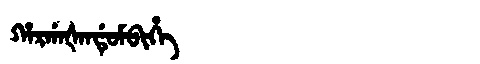
Manchu: ᡥᠠᡵᡤᠠᡧᠠᠨᡩᡠᠮᠪᡳᡥᡝ
Romanization: HARGAŠANDUMBIHE